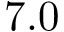
7 . 0